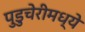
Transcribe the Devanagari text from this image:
पुडुचेरीमध्ये